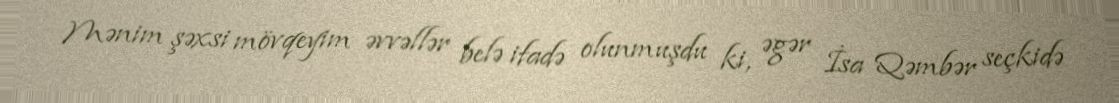
Mənim şəxsi mövqeyim əvvəllər belə ifadə olunmuşdu ki, əgər İsa Qəmbər seçkidə